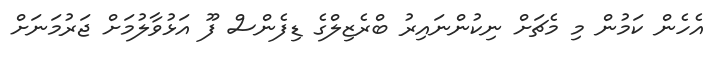
އެހެން ކަމުން މި މެޗަށް ނިކުންނައިރު ބްރެޒިލްގެ ޑިފެންސް ފޫ އަޅުވާލުމަށް ޖަރުމަނަށް